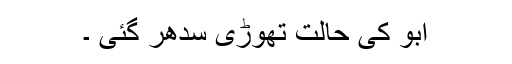
ابو کی حالت تھوڑی سدھر گئی ۔